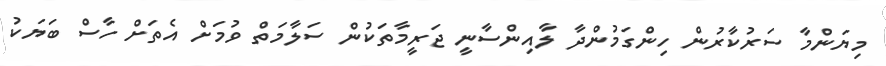
މިޔަންމާ ސަރުކާރުން ހިންގަމުންދާ ލާއިންސާނީ ޖަރީމާތަކުން ސަލާމަތް ވުމަށް އެތަށް ހާސް ބަޔަކު